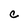
Character: C